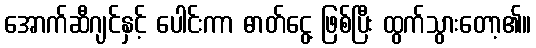
အောက်ဆီဂျင်နှင့် ပေါင်းကာ ဓာတ်ငွေ့ ဖြစ်ပြီး ထွက်သွားတော့၏။